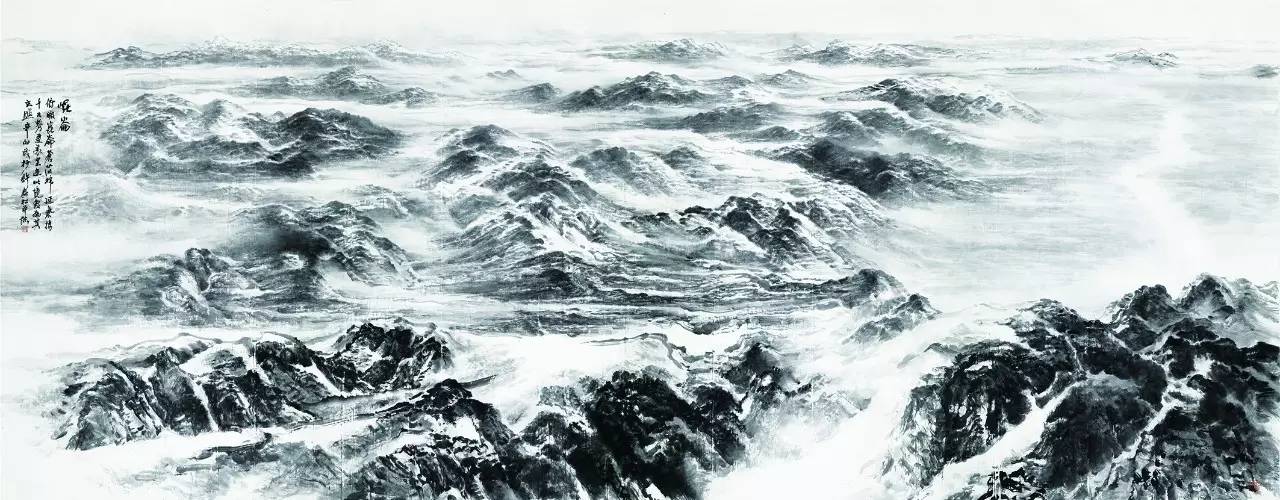
对山河百二，泪痕沾血。